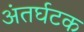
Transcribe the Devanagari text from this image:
अंतर्घटक